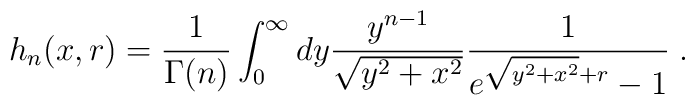
h_n(x,r) = \frac{1}{\Gamma(n)}\int_0^\infty dy \frac{y^{n-1}}{\sqrt{y^2+x^2}}\frac{1}{e^{\sqrt{y^2+x^2}+r}-1}\;.